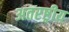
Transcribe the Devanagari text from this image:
अतरष्ट्रीय